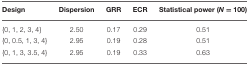
| Design | Dispersion | GRR | ECR | Statistical power (N = 100) |
 | --- | --- | --- | --- | --- |
 | {0, 1, 2, 3, 4} | 2.50 | 0.17 | 0.29 | 0.51 |
 | {0, 0.5, 1, 3, 4} | 2.95 | 0.19 | 0.28 | 0.51 |
 | {0, 1, 3, 3.5, 4} | 2.95 | 0.19 | 0.33 | 0.63 |